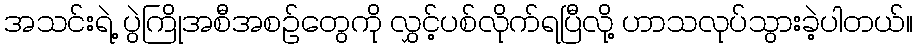
အသင်းရဲ့ ပွဲကြိုအစီအစဉ်တွေကို လွှင့်ပစ်လိုက်ရပြီလို့ ဟာသလုပ်သွားခဲ့ပါတယ်။